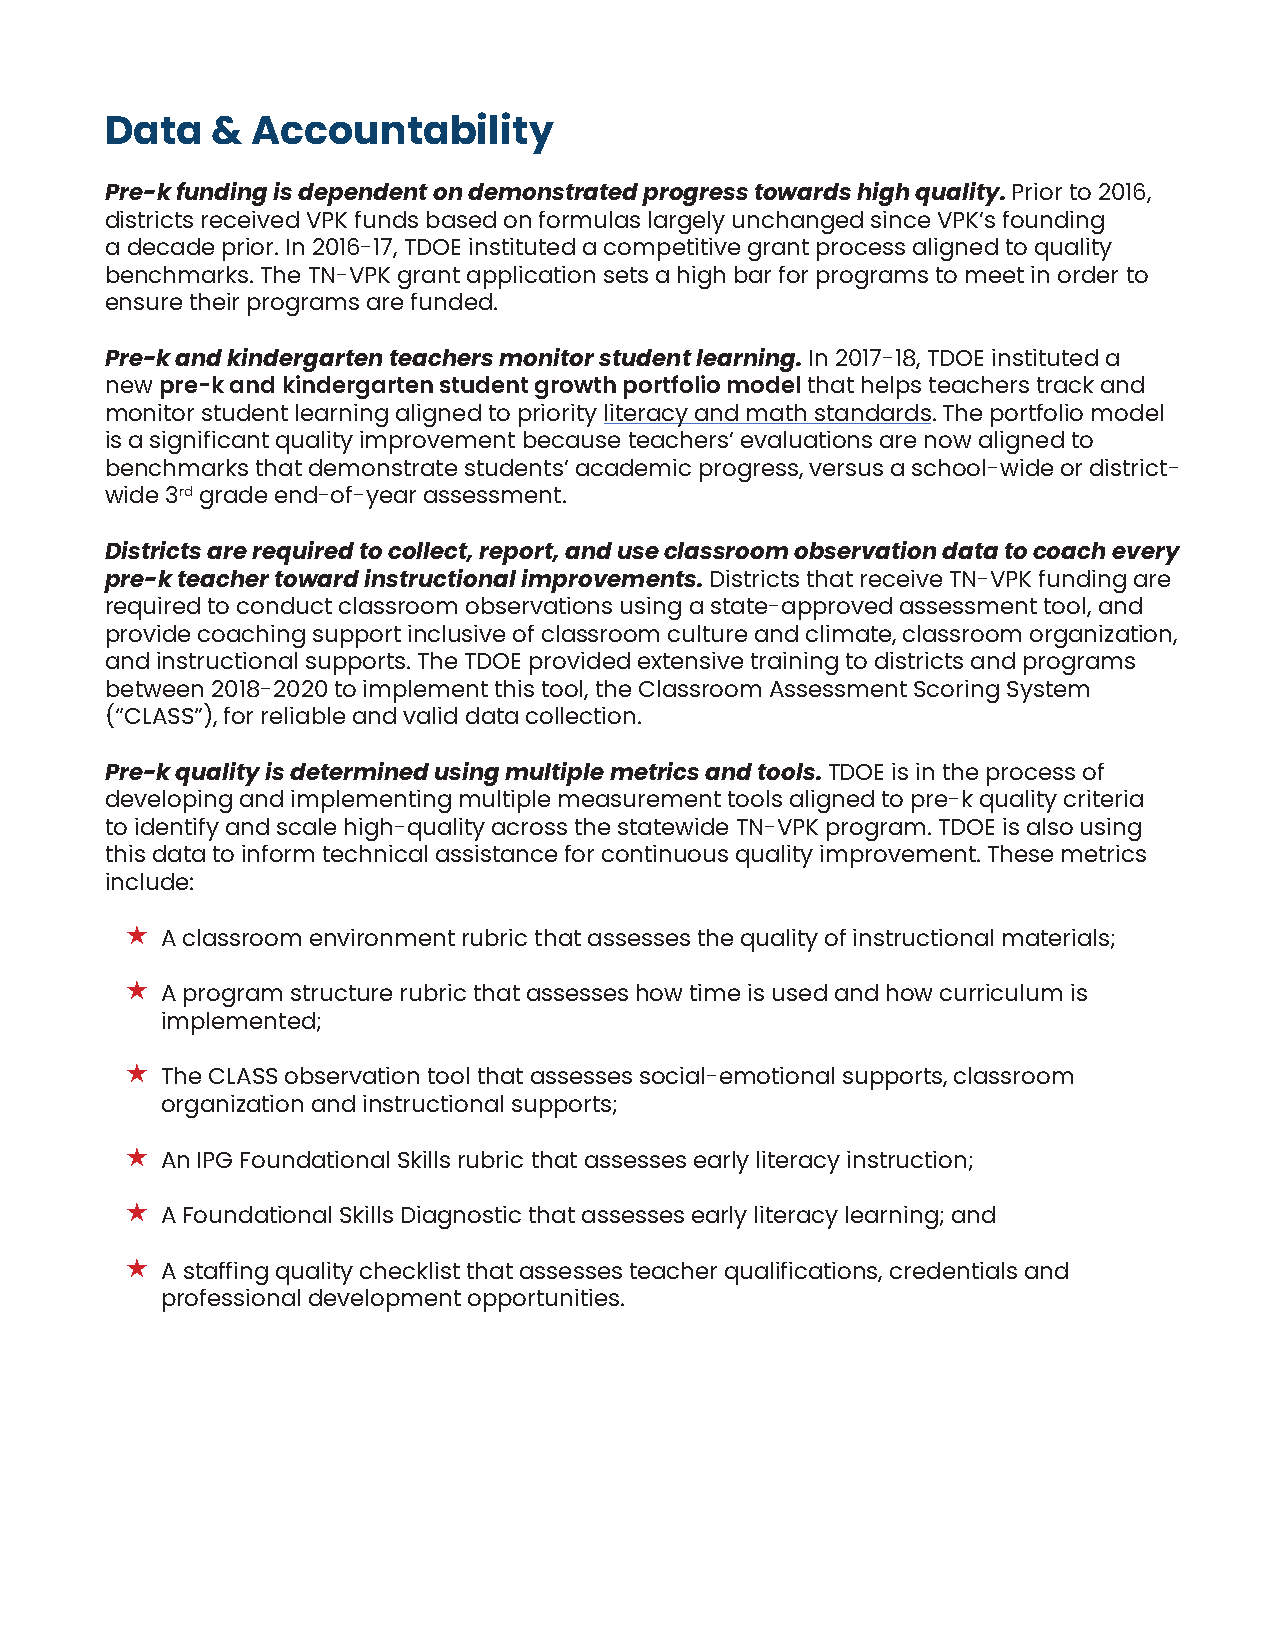
Data   &  Accountability
 Pre-k funding is dependent on demonstrated progress towards high quality. Prior to 2016,
 districts received VPK funds based on formulas largely unchanged since VPK’s founding
 a decade prior. In 2016-17, TDOE instituted a competitive grant process aligned to quality
 benchmarks. The TN-VPK grant application sets a high bar for programs to meet in order to
 ensure their programs are funded.
 Pre-k and kindergarten teachers monitor student learning. In 2017-18, TDOE instituted a
 new pre-k and kindergarten student growth portfolio model that helps teachers track and
 monitor student learning aligned to priority literacy and math standards. The portfolio model
 is a significant quality improvement because teachers’ evaluations are now aligned to
 benchmarks that demonstrate students’ academic progress, versus a school-wide or district-
 wide 3rd grade end-of-year assessment.
 Districts are required to collect, report, and use classroom observation data to coach every
 pre-k teacher toward instructional improvements. Districts that receive TN-VPK funding are
 required to conduct classroom observations using a state-approved assessment tool, and
 provide coaching support inclusive of classroom culture and climate, classroom organization,
 and instructional supports. The TDOE provided extensive training to districts and programs
 between 2018-2020 to implement this tool, the Classroom Assessment Scoring System
 (“CLASS”), for reliable and valid data collection.
 Pre-k quality is determined using multiple metrics and tools. TDOE is in the process of
 developing and implementing multiple measurement tools aligned to pre-k quality criteria
 to identify and scale high-quality across the statewide TN-VPK program. TDOE is also using
 this data to inform technical assistance for continuous quality improvement. These metrics
 include:
 
 A classroom environment rubric that assesses the quality of instructional materials;
 
 A program structure rubric that assesses how time is used and how curriculum is
 implemented;
 
 The CLASS observation tool that assesses social-emotional supports, classroom
 organization and instructional supports;
 
 An IPG Foundational Skills rubric that assesses early literacy instruction;
 
 A Foundational Skills Diagnostic that assesses early literacy learning; and
 
 A staffing quality checklist that assesses teacher qualifications, credentials and
 professional development opportunities.